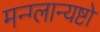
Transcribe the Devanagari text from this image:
मन्ग्लान्यष्टो